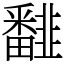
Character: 𩐏